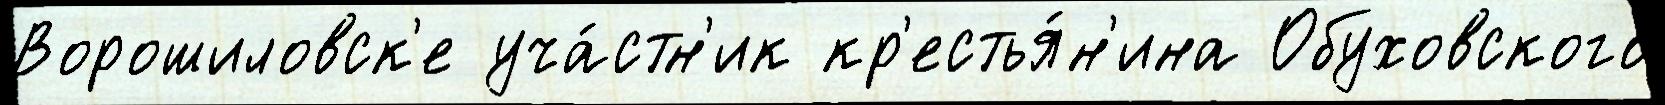
Ворошиловск'е уча́стн'ик кр'естья́н'ина Обуховского